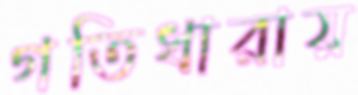
গতিধারায়